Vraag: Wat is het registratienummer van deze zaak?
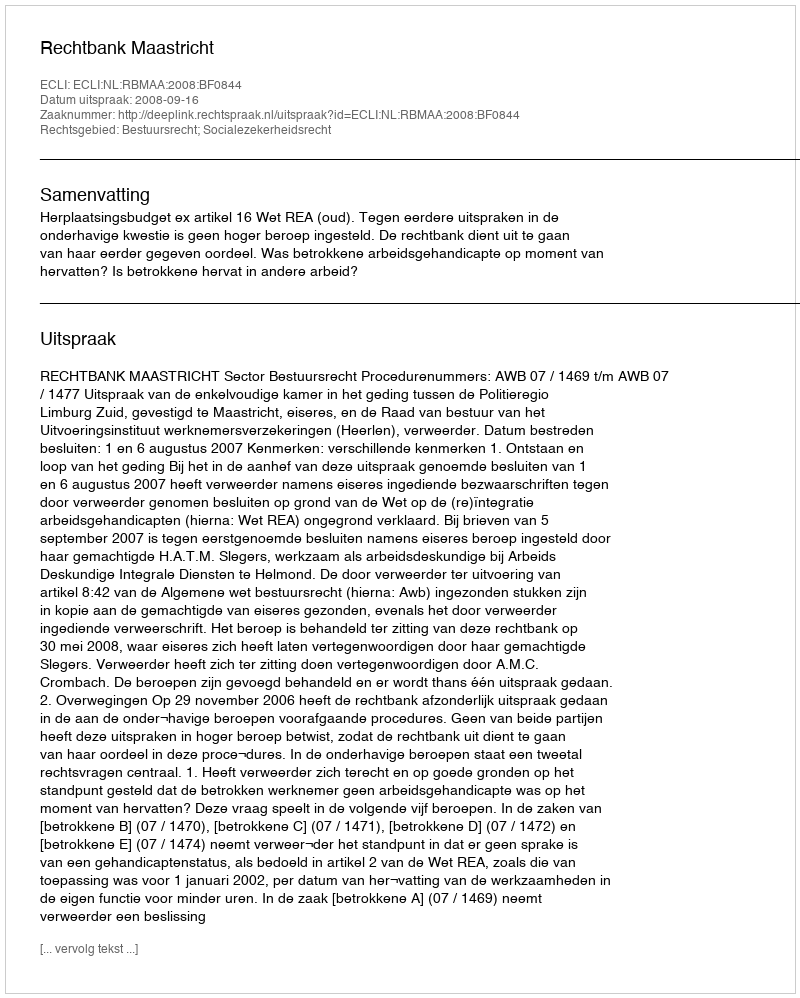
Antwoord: http://deeplink.rechtspraak.nl/uitspraak?id=ECLI:NL:RBMAA:2008:BF0844